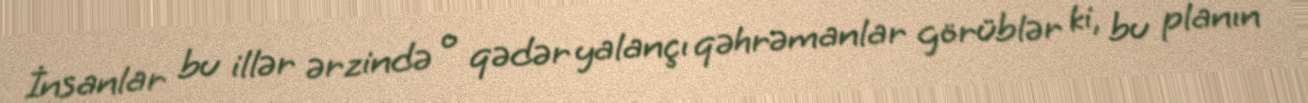
İnsanlar bu illər ərzində o qədər yalançı qəhrəmanlar görüblər ki, bu planın